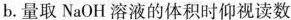
b.量取NaOH溶液的体积时仰视读数